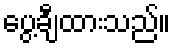
ပွေ့ချီထားသည်။